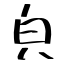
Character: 㒵